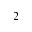
2